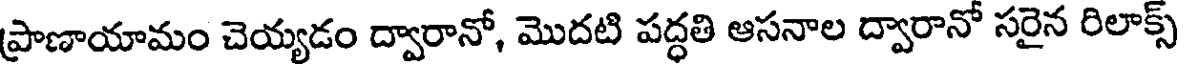
ప్రాణాయామం చెయ్యడం ద్వారానో, మొదటి పద్ధతి ఆసనాల ద్వారానో సరైన రిలాక్స్